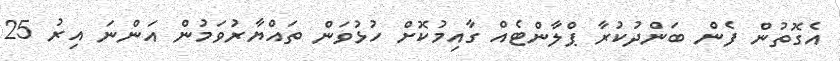
އެގޮތުން ފެން ބަންދުކުރާ ޕްލާންޓެއް ގާއިމުކޮށް ހުޅުވަން ތައްޔާރުވަމުން އަންނަ އިރު 25